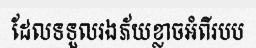
ដែលទទួលរងភ័យខ្លាចអំពីរបប